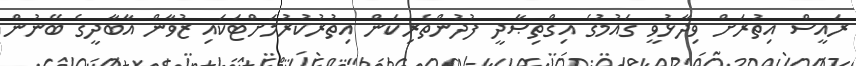
ރައީސް އިތުރަށް ވިދާޅުވީ ގައުމުގެ އިގްތިޞާދީ ފުދުންތެރިކަން އިތުރުކުރުމަށްޓަކައި ޒުވާން އާބާދީގެ ބޭނުން